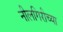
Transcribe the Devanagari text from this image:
नीलगिरीच्या